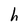
Character: h